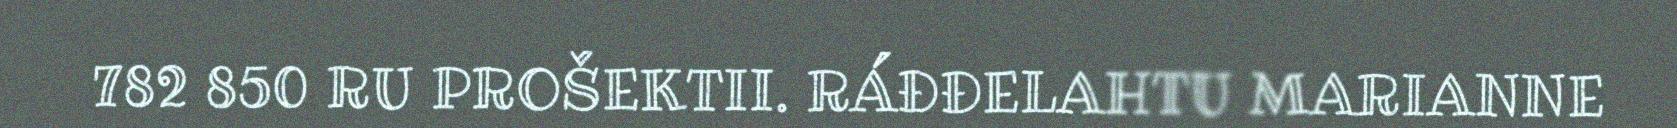
782 850 RU PROŠEKTII. RÁĐĐELAHTU MARIANNE